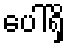
ပေါ်ရှိ